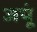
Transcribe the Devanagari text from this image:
जपूं